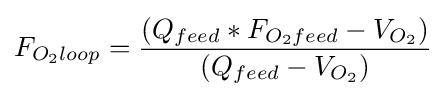
F_{O_{2}loop}={\frac {(Q_{feed}*F_{O_{2}feed}-V_{O_{2}})}{(Q_{feed}-V_{O_{2}})}}